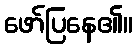
ဖော်ပြနေ၏။